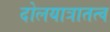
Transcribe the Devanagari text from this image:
दोलयात्रातत्व